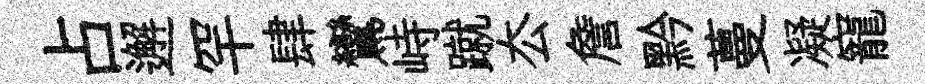
占邂罕肆鸞峙蹴厺詹黔蔓凝寵